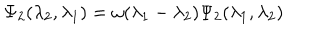
LaTeX: \Psi _ { 2 } ( \lambda _ { 2 } , \lambda _ { 1 } ) = \omega ( \lambda _ { 1 } - \lambda _ { 2 } ) \Psi _ { 2 } ( \lambda _ { 1 } , \lambda _ { 2 } )